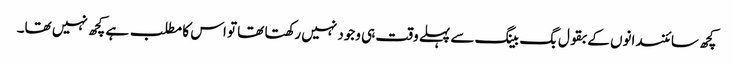
کچھ سائنسدانوں کے بقول بگ بینگ سے پہلے وقت ہی وجود نہیں رکھتا تھا تو اس کا مطلب ہے کچھ نہیں تھا۔